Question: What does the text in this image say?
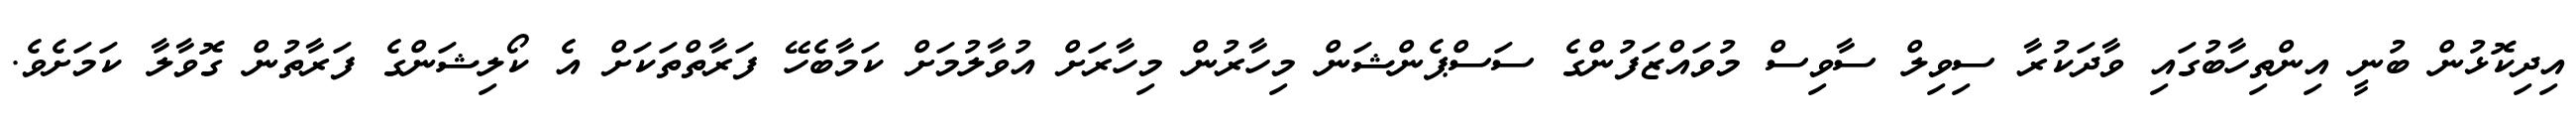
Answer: އިދިކޮޅުން ބުނީ އިންތިހާބުގައި ވާދަކުރާ ސިވިލް ސާވިސް މުވައްޒަފުންގެ ސަސްޕެންޝަން މިހާރުން މިހާރަށް އުވާލުމަށް ކަމާބެހޭ ފަރާތްތަކަށް އެ ކޯލިޝަންގެ ފަރާތުން ގޮވާލާ ކަމަށެވެ.